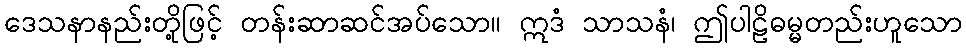
ဒေသနာနည်းတို့ဖြင့် တန်းဆာဆင်အပ်သော။ ဣဒံ သာသနံ၊ ဤပါဠိဓမ္မတည်းဟူသော